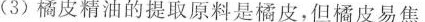
(3) 橘皮精油的提取原料是橘皮，但橘皮易焦